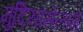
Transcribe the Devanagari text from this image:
मुदियांसेलागे